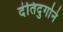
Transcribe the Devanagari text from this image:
दंतिदुर्गाने